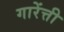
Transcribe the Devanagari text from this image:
गारेंत्ती